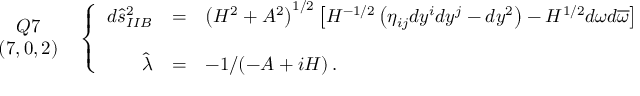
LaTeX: \begin{array} { c } { { Q 7 } } \\ { { ( 7 , 0 , 2 ) } } \end{array} \, \, \, \left\{ \begin{array} { r c l } { { d \hat { s } _ { I I B } ^ { 2 } } } & { { = } } & { { \left( H ^ { 2 } + A ^ { 2 } \right) ^ { 1 / 2 } \left[ H ^ { - 1 / 2 } \left( \eta _ { i j } d y ^ { i } d y ^ { j } - d y ^ { 2 } \right) - H ^ { 1 / 2 } d \omega d \overline { { { \omega } } } \right] \, , } } \\ { { } } & { { } } & { { } } \\ { { \hat { \lambda } } } & { { = } } & { { - 1 / ( - A + i H ) \, . } } \end{array} \right.